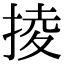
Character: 掕